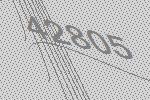
42805